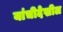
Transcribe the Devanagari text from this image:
यांचीदेखील